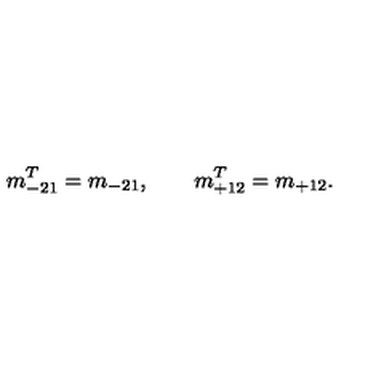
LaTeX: m _ { - 2 1 } ^ { T } = m _ { - 2 1 } , \qquad m _ { + 1 2 } ^ { T } = m _ { + 1 2 } .